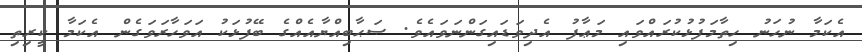
އެކަމާ ނުހަނު ހިތާމަފުޅުކުރައްވައި މަޢާފު އެދިވަޑައިގަންނަވައެވެ. ޞަޙާބިއްޔާއެއްގެ ބޭފުޅަކު އަވަހާރަވަގެން އެކަމާ ކީރިތި